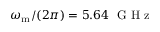
\omega _ { \mathrm { m } } / ( 2 \pi ) = 5 . 6 4 \ \mathrm { ~ G ~ H ~ z ~ }